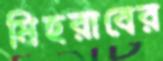
মিহরাবের